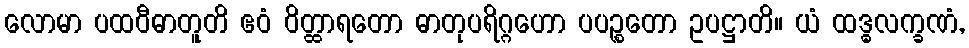
လောမာ ပထဝီဓာတူတိ ဧဝံ ဝိတ္ထာရတော ဓာတုပရိဂ္ဂဟော ပပဉ္စတော ဥပဋ္ဌာတိ။ ယံ ထဒ္ဓလက္ခဏံ,